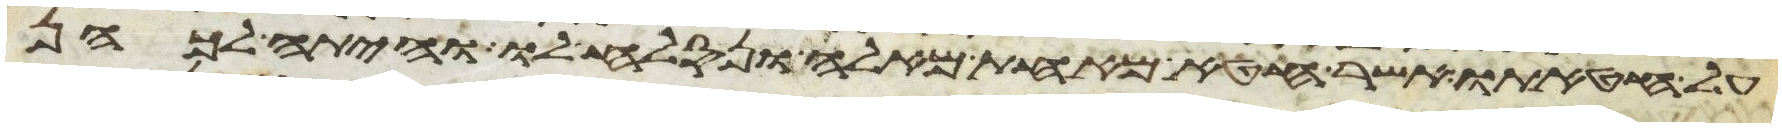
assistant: על חטאתו אשר חטא מאחת מאלה ונסלח לו והיתה לכהן